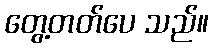
တွေ့တတ်ပေ သည်။